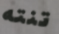
تنته